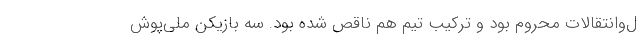
ل‌وانتقالات محروم بود و ترکیب تیم هم ناقص شده بود. سه بازیکن ملی‌پوش